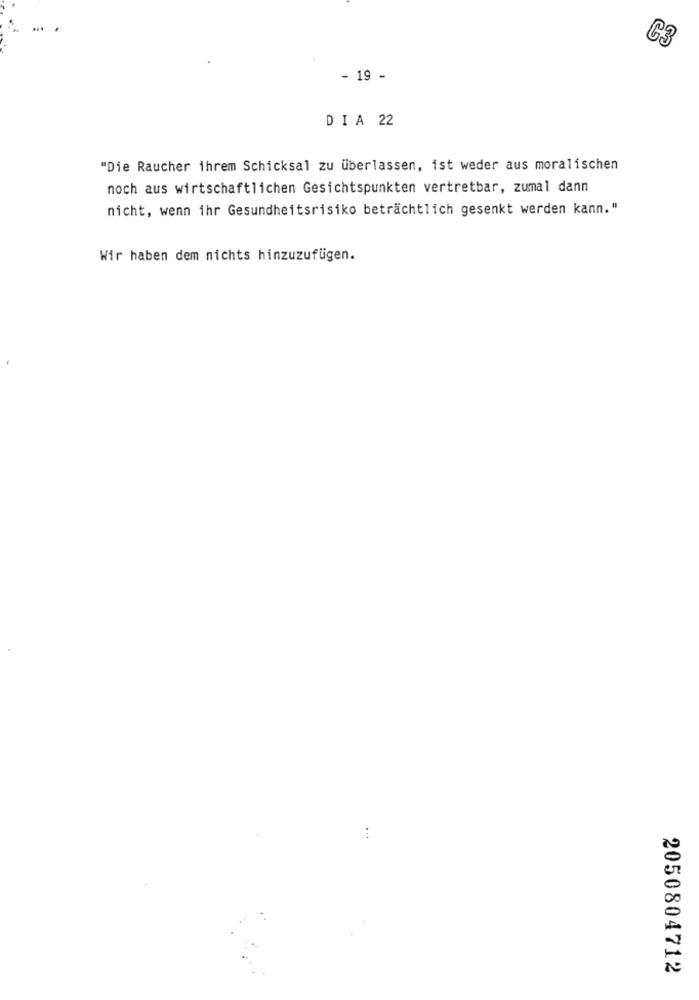
C3
- 19 -
DIA 22
"Die Raucher ihrem Schicksal zu überlassen, ist weder aus moralischen
noch aus wirtschaftlichen Gesichtspunkten vertretbar, zumal dann
nicht, wenn ihr Gesundheitsrisiko beträchtlich gesenkt werden kann. "
Wir haben dem nichts hinzuzufügen.
...
2050804712